Karksi_vallavalitsus, lk 67
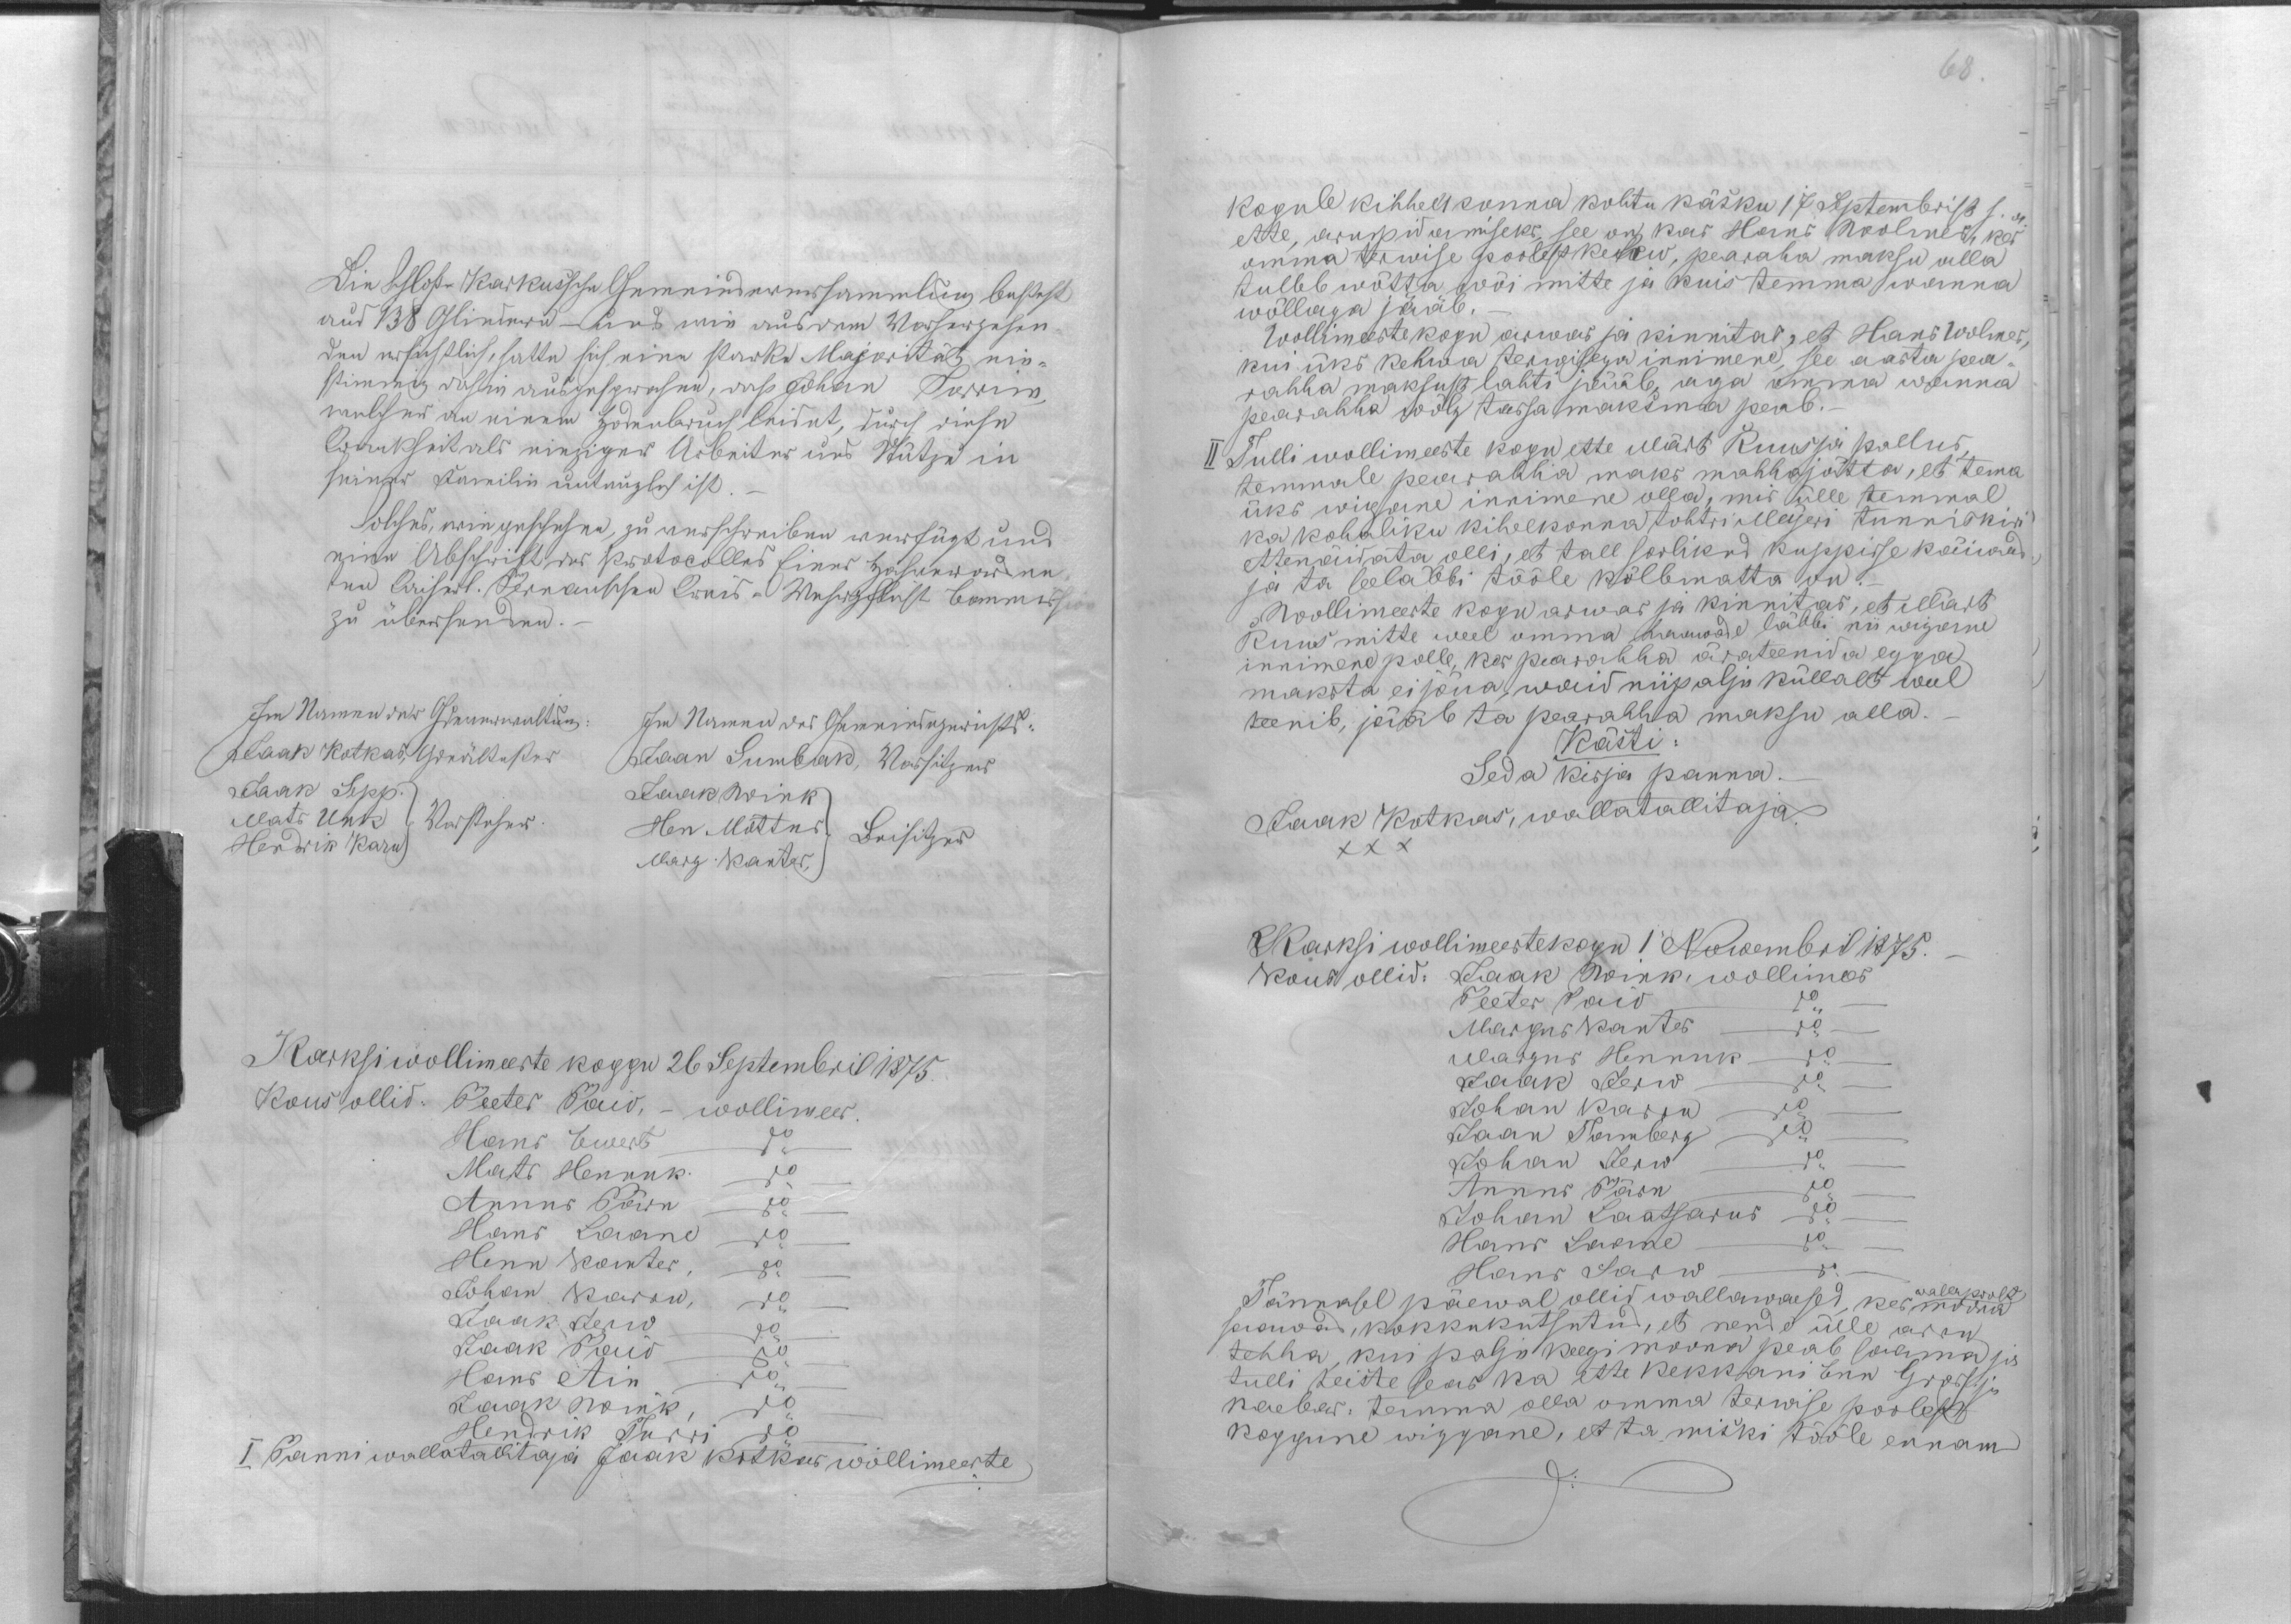
68.

Jaak Kotkas
Jaan Sumbak
Jaak Sepp.
Jaak Wink
Mats Unk
Hen Mõttus
Hendrik Karu
Marg. Kanter,
Karksi wollimeeste koggu 26 Septembril 1875.
Kous ollid: Peeter Paiv, - wollimees.
Hans Ewert do
Mats Hennuk. do
Annus Pärn do
Hans Laane do
Henn Kanter, do
Johan Karru, do
Jaak Jerv do
Jaak Paiv do
Hans Ain do
Jaak Wink, do
Hendrik Turri do
I Panni wallatallitaja Jaak Kotkas wollimeeste

kogule kihhelkonna kohtu käsku 17 septembrist s. a.
ette, arupidamiseks, see on kas Hans Woolmer, kes
omma terwise poolest kehw, pearaha maksu alla
tulleb wõtta wõi mitte ja kuis temma wanna
wõllaga jääb.
Wollimeeste kogu arwas ja kinnitas, et Hans Wolmer
kui üks kehwa terwisega innimene, see aasta pea-
rahha maksust lahti jääb, aga omma wanna
pearahha wõlg tassa maksma peab.
II Tulli wollimeeste kogu ette Märt Ruus ja pallus,
temmale pearahha maks mahhajätta, et tema
üks wigane innimene olla, mis ülle temmal
ka kohaliku kihelkonnast tohtri Meyeri tunniskiri
ettenäitata olli, et tall soolikud kuppisse käiwad
ja ta seeläbbi tööle kõlbmatta on. -
Wollimeeste kogu arwas ja kinnitas, et Märt
Ruus mitte weel omma haawade läbbi nii wigane
innimene polle, kes pearahha ärateenida egga
maksta ei jõua, waid niipalju küllalt weel
teenib, jääb ta pearahha maksu alla.
Kästi
Seda kirja panna -
Jaak Kotkas, wallatallitaja.
XXX
Karksi wollimeestekogu 1. Nowembril 1875.
kous ollid: Jaak Wink, wollimees
Peeter Paiv do
Margus Kanter do
Margus Hennuk do
Jaak Jerw do
Johan Karru do
Jaan Tamberg do
Johan Jerw do
Annus Pärn do
Johan Laatsarus do
Hans Laane do
Hans Sarw do
Tännasel päewal ollid wallawaesed, kes moona
wallapoolt
saawad, kokkukutsutud, et nende ülle arru
tehha, kui palju keegi moona peab saama ja
tulli teiste seas ka ette Kekkani Enn Grossi
naeber: temma olla omma terwise poolest
koggune wiggane, et ta miski tööle ennam-